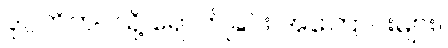
ဒုဂ္ဂတိဘဝသို့ ရောက်ခြင်း အကြောင်းများ။